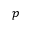
p